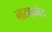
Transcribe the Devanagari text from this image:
नाट्यानंद